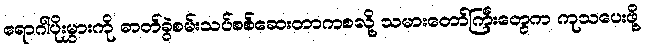
ရောဂါပိုးမွှားကို ဓာတ်ခွဲစမ်းသပ်စစ်ဆေးတာကစလို့ သမားတော်ကြီးတွေက ကုသပေးဖို့